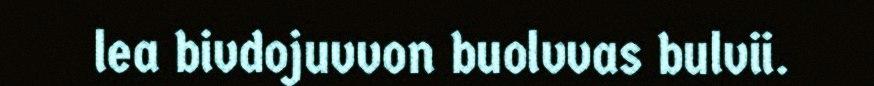
lea bivdojuvvon buolvvas bulvii.